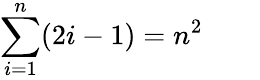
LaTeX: \sum_{i=1}^{n}(2i-1)=n^{2}\qquad